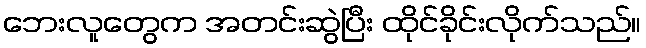
ဘေးလူတွေက အတင်းဆွဲပြီး ထိုင်ခိုင်းလိုက်သည်။